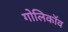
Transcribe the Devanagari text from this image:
गोलिकॉव